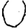
Digit: 0